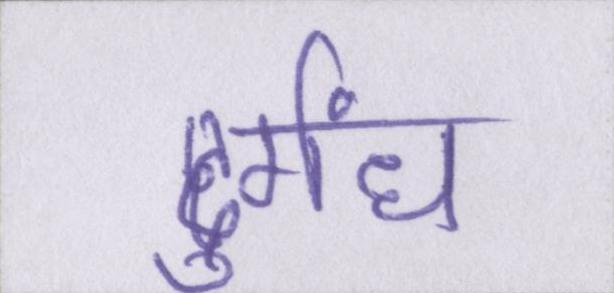
दुर्गंध